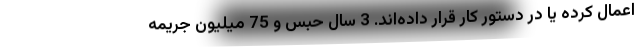
اعمال کرده‌ یا در دستور کار قرار داده‌اند. 3 سال حبس و 75 میلیون جریمه